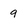
Character: 9